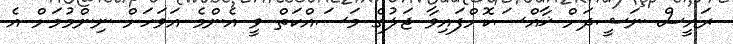
ރައީސް ނަޝީދަށް ޚާއްސަކޮށްފައިވާ ޖަލުގެ މަސައްކަތް ވީ އެންމެ އަވަހަށް ނިންމުމަށް އެ